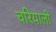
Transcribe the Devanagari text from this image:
चरियाली